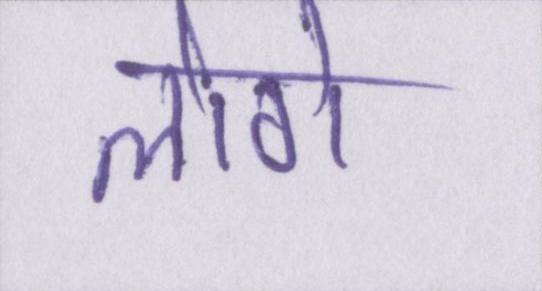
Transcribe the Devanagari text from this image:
लोगे